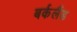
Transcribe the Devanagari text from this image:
बर्कलैंड